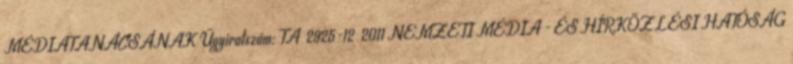
MÉDIATANÁCSÁNAK Ügyiratszám: TA 2925-12 2011 NEMZETI MÉDIA - ÉS HÍRKÖZLÉSI HATÓSÁG